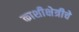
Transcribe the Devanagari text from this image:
काशीक्षेत्रीचे